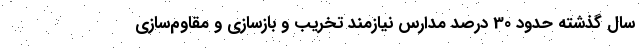
سال گذشته حدود 30 درصد مدارس نیازمند تخریب و بازسازی و مقاوم‌سازی